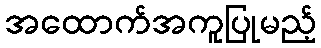
အထောက်အကူပြုမည့်